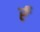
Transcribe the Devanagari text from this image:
र्र